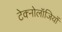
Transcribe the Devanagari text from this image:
टेक्नोलॉजियों